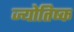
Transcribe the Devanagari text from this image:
ज्योतिष्क